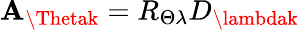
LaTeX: \mathbf{A}_{\Thetak}=R_{\Theta\lambda}D_{\lambdak}